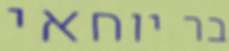
בר יוחאי